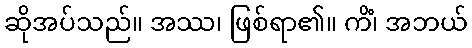
ဆိုအပ်သည်။ အဿ၊ ဖြစ်ရာ၏။ ကိံ၊ အဘယ်